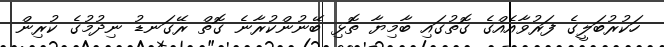
ހަކުރުބަލީގެ ފަރުވާއެއްގެ ގޮތުގައި ބާމިޔާ ތޮޅި ބޭނުންކުރާނެ ގޮތް ރޭގަނޑު ނިދުމުގެ ކުރިން